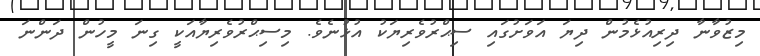
މިޒުވާނާ ދިރިއުޅެމުން ދިޔަ އަވަށުގައި ސިޙްރުވެރިޔަކު އުޅުނެވެ. މިސިޙްރުވެރިޔާއަކީ ގިނަ މީހުން ދަންނަ